Civil Veterinary Department. Central Provinces & Berar 1925-31 - 1925-1931
Year: 1925
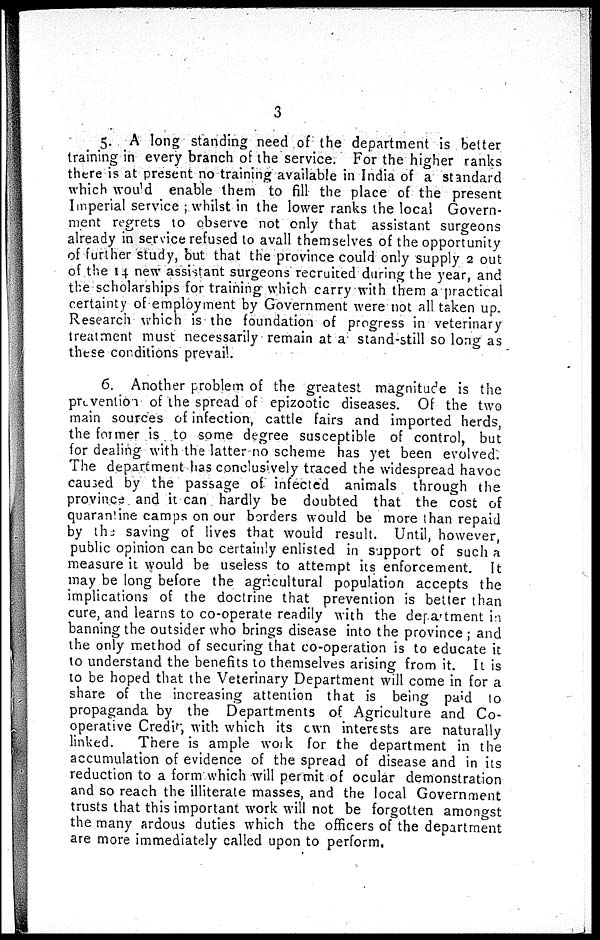
3
5. A long standing need of the department is better
training in every branch of the service. For the higher ranks
there is at present no training available in India of a standard
which would enable them to fill the place of the present
Imperial service; whilst in the lower ranks the local Govern-
ment regrets to observe not only that assistant surgeons
already in service refused to avall themselves of the opportunity
of further study, but that the province could only supply 2 out
of the 14 new assistant surgeons recruited during the year, and
the scholarships for training which carry with them a practical
certainty of employment by Government were not all taken up.
Research which is the foundation of progress in veterinary
treatment must necessarily remain at a stand-still so long as
these conditions prevail.
6. Another problem of the greatest magnitude is the
prevention of the spread of epizootic diseases. Of the two
main sources of infection, cattle fairs and imported herds,
the former is to some degree susceptible of control, but
for dealing with the latter no scheme has yet been evolved.
The department has conclusively traced the widespread havoc
caused by the passage of infected animals through the
province and it can hardly be doubted that the cost of
quarantine camps on our borders would be more than repaid
by the saving of lives that would result. Until, however,
public opinion can be certainly enlisted in support of such a
measure it would be useless to attempt its enforcement. It
may be long before the agricultural population accepts the
implications of the doctrine that prevention is better than
cure, and learns to co-operate readily with the department in
banning the outsider who brings disease into the province; and
the only method of securing that co-operation is to educate it
to understand the benefits to themselves arising from it. It is
to be hoped that the Veterinary Department will come in for a
share of the increasing attention that is being paid to
propaganda by the Departments of Agriculture and Co-
operative Credit, with which its own interests are naturally
linked. There is ample work for the department in the
accumulation of evidence of the spread of disease and in its
reduction to a form which will permit of ocular demonstration
and so reach the illiterate masses, and the local Government
trusts that this important work will not be forgotten amongst
the many ardous duties which the officers of the department
are more immediately called upon to perform.